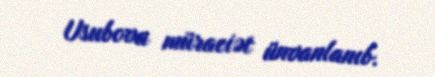
Usubova müraciət ünvanlanıb.